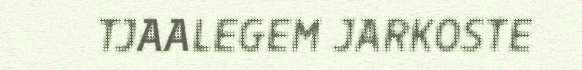
TJAALEGEM JARKOSTE